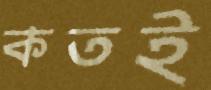
কতই